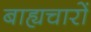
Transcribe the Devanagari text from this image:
बाह्यचारों